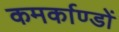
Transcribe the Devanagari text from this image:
कमर्काण्डों